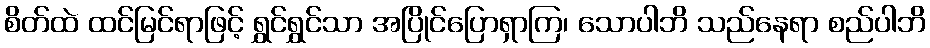
စိတ်ထဲ ထင်မြင်ရာဖြင့် ရွှင်ရွှင်သာ အပြိုင်ပြောရှာကြ၊ သောပါဘိ သည်နေရာ စည်ပါဘိ